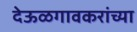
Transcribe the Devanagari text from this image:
देऊळगावकरांच्या